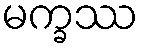
မက္ခဿ